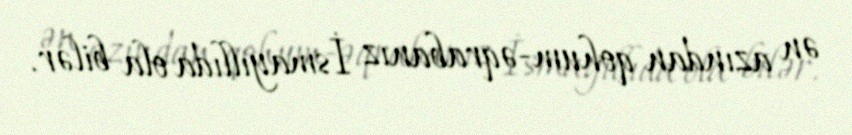
ən azından qohum-əqrabanız İsmayıllıda ola bilər.